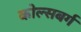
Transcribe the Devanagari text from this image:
कोल्सबर्ग